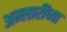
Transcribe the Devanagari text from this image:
अम्लारींच्या